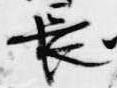
長